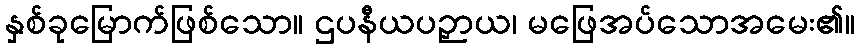
နှစ်ခုမြောက်ဖြစ်သော။ ဌပနီယပဉှာယ၊ မဖြေအပ်သောအမေး၏။